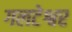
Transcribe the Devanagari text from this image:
गलटेश्वर